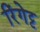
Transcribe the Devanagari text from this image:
रिंगेट्ट